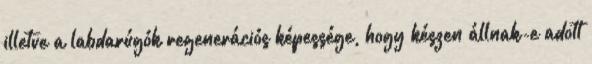
illetve a labdarúgók regenerációs képessége, hogy készen állnak-e adott